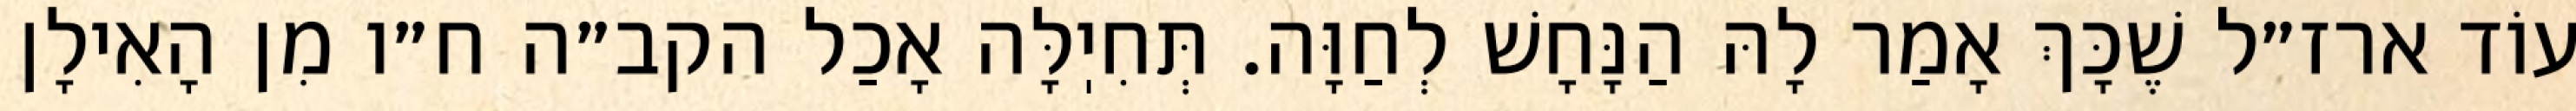
עוֹד ארז״ל שֶׁכָּךְ אָמַר לָהּ הַנָּחָשׁ לְחַוָּה. תְּחִיֽלָּה אָכַל הקב״ה ח״ו מִן הָאִילָן